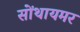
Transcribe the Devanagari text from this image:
सोंथायमर